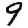
Digit: 9